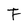
Character: F